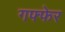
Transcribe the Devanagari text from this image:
गफ्फेर